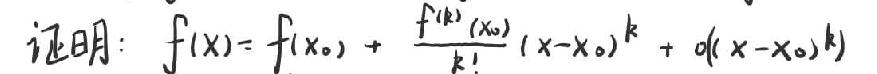
证明：\(f(x)=f(x_0)+\frac{f^{(k)}(x_0)}{k!}(x-x_0)^k+\omicron((x-x_0)^k)\)